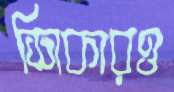
শিকারও